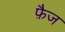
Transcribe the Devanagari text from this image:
फ़ैज